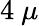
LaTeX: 4~\mu